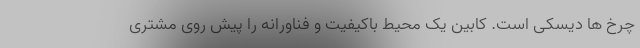
چرخ ها دیسکی است. کابین یک محیط باکیفیت و فناورانه را پیش روی مشتری